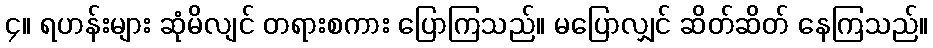
၄။ ရဟန်းများ ဆုံမိလျင် တရားစကား ပြောကြသည်။ မပြောလျှင် ဆိတ်ဆိတ် နေကြသည်။